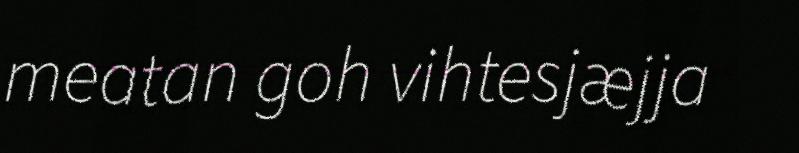
meatan goh vihtesjæjja